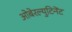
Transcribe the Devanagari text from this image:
ओबेरल्युटिनेंट